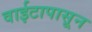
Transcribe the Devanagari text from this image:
वाईटापासून